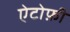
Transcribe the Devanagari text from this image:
ऐटोफ़ी